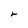
Character: r